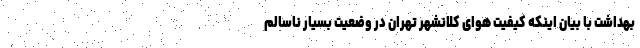
بهداشت با بیان اینکه کیفیت هوای کلانشهر تهران در وضعیت بسیار ناسالم